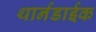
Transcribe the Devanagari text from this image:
थार्नडाईक